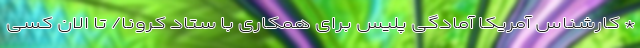
* کارشناس آمریکا آمادگی پلیس برای همکاری با ستاد کرونا/ تا الان کسی